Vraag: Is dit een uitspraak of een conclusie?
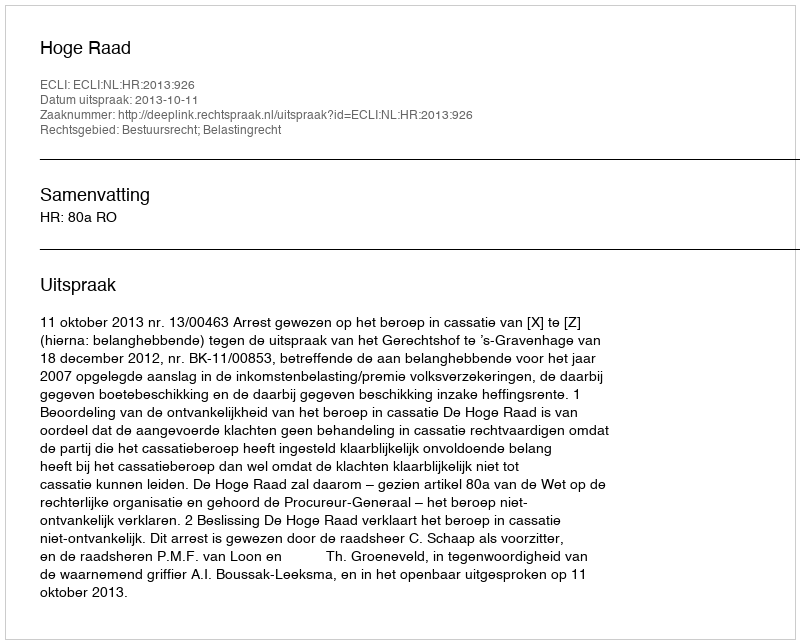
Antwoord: Uitspraak